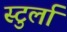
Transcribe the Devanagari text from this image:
स्टुर्ला